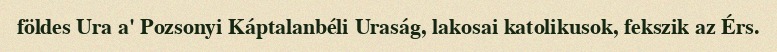
földes Ura a' Pozsonyi Káptalanbéli Uraság, lakosai katolikusok, fekszik az Érs.